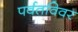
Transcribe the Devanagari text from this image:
पर्वतविवर